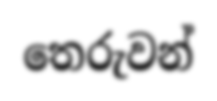
තෙරුවන්